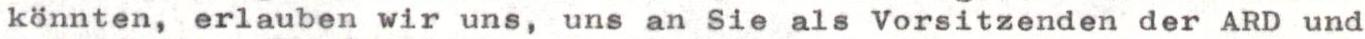
könnten, erlauben wir uns, uns an Sie als Vorsitzenden der ARD und